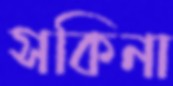
সকিনা